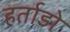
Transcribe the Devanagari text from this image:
हर्ताडो